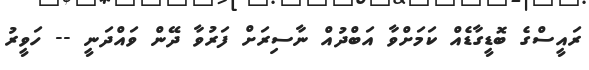
ރައީސްގެ ބޮޑީގާޑެއް ކަމަށްވާ އަބްދުއް ނާސިރަށް ފަރުވާ ދޭން ވައްދަނީ -- ހަވީރު